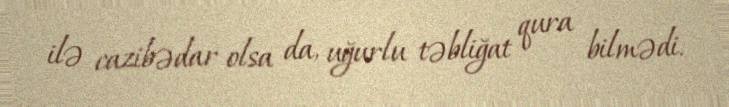
ilə cazibədar olsa da, uğurlu təbliğat qura bilmədi.